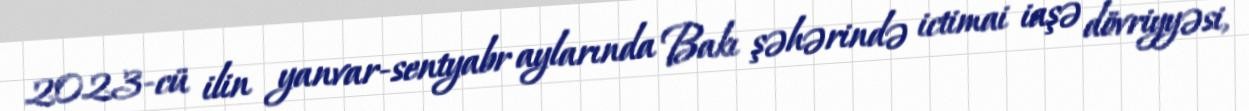
2023-cü ilin yanvar-sentyabr aylarında Bakı şəhərində ictimai iaşə dövriyyəsi,